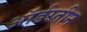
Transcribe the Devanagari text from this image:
ऑर्डरतीन